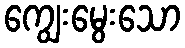
ကျွေးမွေးသော